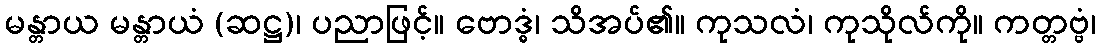
မန္တာယ မန္တာယံ (ဆဋ္ဌ)၊ ပညာဖြင့်။ ဗောဒ္ဓံ၊ သိအပ်၏။ ကုသလံ၊ ကုသိုလ်ကို။ ကတ္တဗ္ဗံ၊